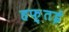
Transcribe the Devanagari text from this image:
हफ़्तई